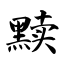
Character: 黩